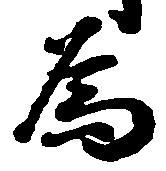
為